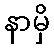
နာမှိ